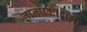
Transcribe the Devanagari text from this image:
ज्ञानप्रकाशला